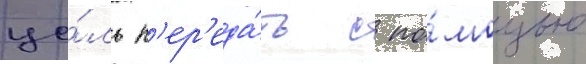
це́ль п'ер'еда́ть с по́мощью